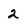
Character: 2